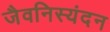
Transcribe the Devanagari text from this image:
जैवनिस्यंदन